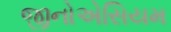
જીનોએસિયમ